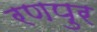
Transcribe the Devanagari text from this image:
रणपुर